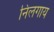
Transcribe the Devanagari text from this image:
निलगाय